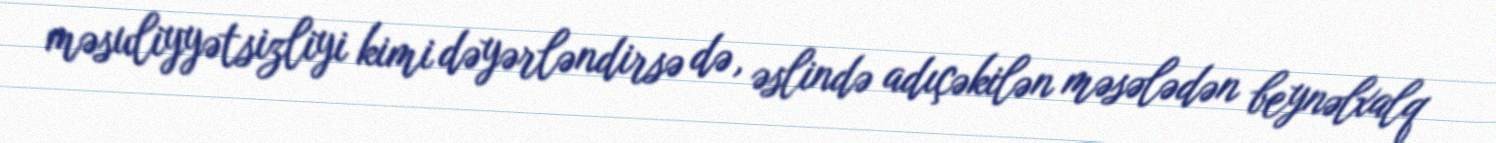
məsuliyyətsizliyi kimi dəyərləndirsə də, əslində adıçəkilən məsələdən beynəlxalq